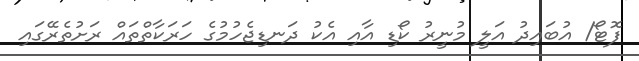
ފޮޓޯ/ އުބައިދު އަލީ މުނީރު ކޯޑި އާއި އެކު ދަނޑިޖެހުމުގެ ހަރަކާތްތައް ރަށުތެރޭގައި